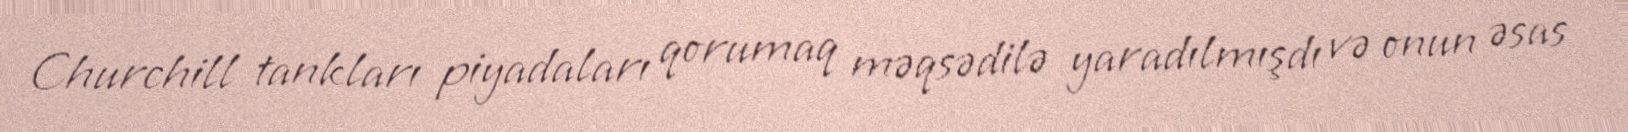
Churchill tankları piyadaları qorumaq məqsədilə yaradılmışdı və onun əsas